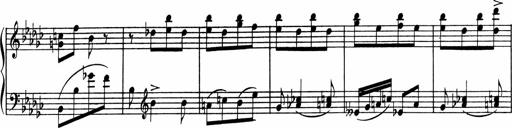
Title: Sonatine pour piano
Composer: Albert Roussel